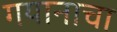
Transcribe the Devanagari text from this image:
गयानाचा